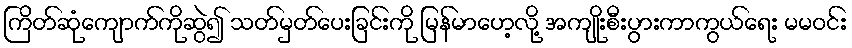
ကြိတ်ဆုံကျောက်ကိုဆွဲ၍ သတ်မှတ်ပေးခြင်းကို မြန်မာဟေ့လို့ အကျိုးစီးပွားကာကွယ်ရေး မမဝင်း